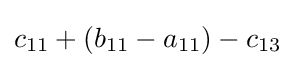
c_{11}+(b_{11}-a_{11})-c_{13}